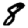
Digit: 8